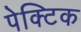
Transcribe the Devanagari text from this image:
पेक्टिक